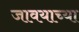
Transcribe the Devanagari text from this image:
जावयाच्या